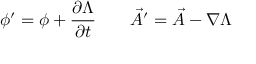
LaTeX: \phi ^ { \prime } = \phi + { \frac { \partial \Lambda } { \partial t } } \qquad { \vec { A } } ^ { \prime } = { \vec { A } } - \nabla \Lambda